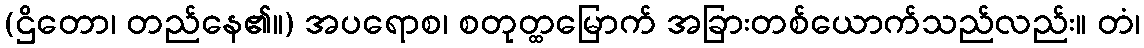
(ဌိတော၊ တည်နေ၏။) အပရောစ၊ စတုတ္ထမြောက် အခြားတစ်ယောက်သည်လည်း။ တံ၊